Scientific memoirs by medical officers of the Army of India - Part V,
Year: 1890
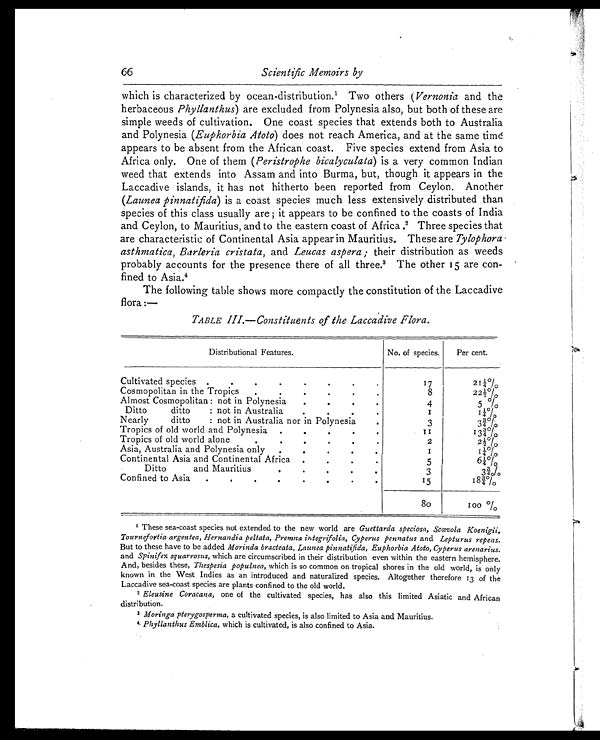
66
Scientific Memoirs by
which is characterized by ocean-distribution. 1 Two others ( Vernonia and the
herbaceous Phyllanthus) are excluded from Polynesia also, but both of these are
simple weeds of cultivation. One coast species that extends both to Australia
and Polynesia ( Euphorbia Atoto ) does not reach America, and at the same timé
appears to be absent from the African coast. Five species extend from Asia to
Africa only. One of them ( Peristrophe bicalyculata ) is a very common Indian
weed that extends into Assam and into Burma, but, though it appears in the
Laccadive islands, it has not hitherto been reported from Ceylon. Another
(Launea pinnatifida ) is a coast species much less extensively distributed than
species of this class usually are ; it appears to be confined to the coasts of India
and Ceylon, to Mauritius, and to the eastern coast of Africa. 2. Three species that
are characteristic of Continental Asia appear in Mauritius. These are Tylophora
asthmatica, Barleria cristata, and Leucas aspera ; their distribution as weeds
probably accounts for the presence there of all three. 3 The other 15 are con-
fined to Asia. 4
The following table shows more compactly the constitution of the Laccadive
flora :—
TABLE III.—Constituents of the Laccadive Flora.
Distributional Features.
No. of species.
Per cent.
Cultivated species .
.
.
.
.
.
.
.
17
21¼%
Cosmopolitan in the Tropics
.
.
.
.
.
.
8
22½%
Almost Cosmopolitan: not in Polynesia
.
. .
.
4
5%
Ditto
ditto
: not in Australia. . . .
1
1 ¼
Nearly
ditto
: not in Australia nor in Polynesia
.
3
3¾%
Tropics of old world and Polynesia. . . . .
.
1 1
13¾%
Tropics of old world alone
.
.
•
.
•
.
2
2½%
Asia, Australia and Polynesia only
.
.
.
.
.
1
1 ¼ %
Continental Asia and Continental Africa
.
.
.
.
5
6¼%
Ditto
and Mauritius
.
.
.
.
3
3¾%
Confined to Asia
.
. . . . . .
.
15
1 8 ¾ %
8o
100 %
1 These sea-coast species not extended to the new world are Guettarda speciosa, Scœvola Koenigii,
Tournefortia argentea, Hernandia peltata, Premna integrifolia, Cyperus pennatus a n d
L e p t u r u s r e p e n s .
But to these have to be added Morinda bracteata, Launea pinnatifida, Euphorbia Atoto, Cyperus arenarius.
and Spinifex squarrosus, which are circumscribed in their distribution even within the eastern hemisphere.
And, besides these, Thespesia populnea, which is so common on tropical shores in the old world, is only
known in the West Indies as an introduced and naturalized species. Altogether therefore 13 of the
Laccadive sea-coast species are plants confined to the old world.
2E l e u s i n e C o r a c a n a , o n e o f t h e c u l t i v a t e d s p e c i e s , h a s a l s o t h i s l i m i t e d A s i a t i c a n d A f r i c a n
distribution.
3 Moringa pterygosperma, a cultivated species, is also limited to Asia and Mauritius.
4 Phyllanthus Emblica, which is cultivated, is also confined to Asia.